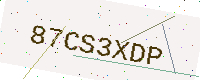
Text: 87CS3XDP